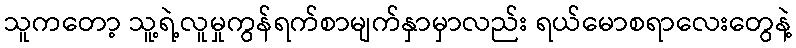
သူကတော့ သူ့ရဲ့လူမှုကွန်ရက်စာမျက်နှာမှာလည်း ရယ်မောစရာလေးတွေနဲ့